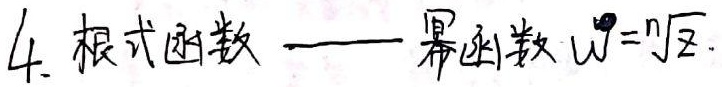
4. 根式函数 —— 幂函数 \(w=\sqrt[n]{z}\)